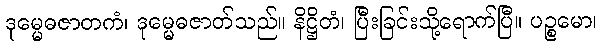
ဒုမ္မေဓဇာတကံ၊ ဒုမ္မေဓဇာတ်သည်။ နိဋ္ဌိတံ၊ ပြီးခြင်းသို့ရောက်ပြီ။ ပဉ္စမော၊